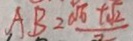
A B = \frac { \sqrt { 6 } + \sqrt { 2 } } { 2 }